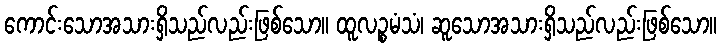
ကောင်းသောအသားရှိသည်လည်းဖြစ်သော။ ထူလဉ္စမံသံ၊ ဆူသောအသားရှိသည်လည်းဖြစ်သော။